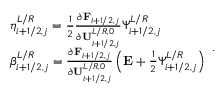
\begin{array} { r l } & { \eta _ { i + 1 / 2 , j } ^ { L / R } = \frac { 1 } { 2 } \frac { \partial \mathbf { F } _ { i + 1 / 2 , j } } { \partial \mathbf { U } _ { i + 1 / 2 , j } ^ { L / R , 0 } } \Psi _ { i + 1 / 2 , j } ^ { L / R } } \\ & { \beta _ { i + 1 / 2 , j } ^ { L / R } = \frac { \partial \mathbf { F } _ { i + 1 / 2 , j } } { \partial \mathbf { U } _ { i + 1 / 2 , j } ^ { L / R , 0 } } \left( \mathbf { E } + \frac { 1 } { 2 } \Psi _ { i + 1 / 2 , j } ^ { L / R } \right) } \end{array} .